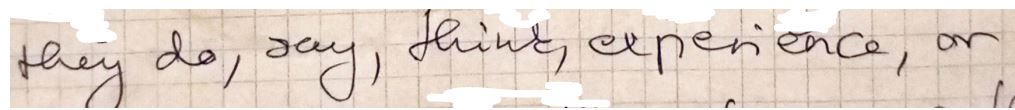
they do, say, think, experience, or